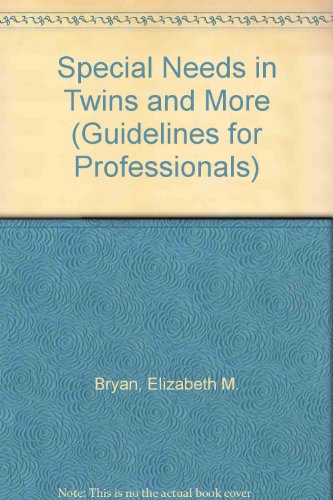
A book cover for Special Needs in Twins and More (Guidelines for Professionals); Elizabeth M. Bryan; Parenting & Relationships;